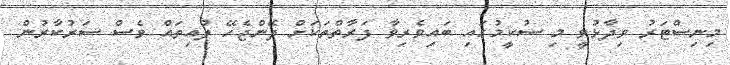
މިނިސްޓަރު ވިދާޅުވީ މި ސުކީމުގައި ބައިވެރިވާ ފަރާތްތަކަށް ދޭންޖެހޭ ލުއިތައް ވެސް ސަރުކާރުން